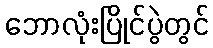
ဘောလုံးပြိုင်ပွဲတွင်